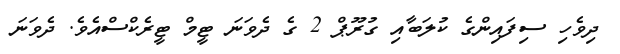
ދިވެހި ސިފައިންގެ ކުލަބާއި ގުރޫޕް 2 ގެ ދެވަނަ ޓީމް ޓީރެކްސްއެވެ. ދެވަނަ